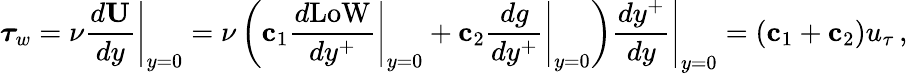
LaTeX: {\boldsymbol\tau}_{w}=\nu\left.\frac{d{\mathbf U}}{dy}\right|_{y=0}=\nu\left({\mathbf c}_{1}\left.\frac{d\mathrm{LoW}}{dy^{+}}\right|_{y=0}+{\mathbf c}_{2}\left.\frac{dg}{dy^{+}}\right|_{y=0}\right)\left.\frac{dy^{+}}{dy}\right|_{y=0}=({\mathbf c}_{1}+{\mathbf c}_{2})u_{\tau}\, ,